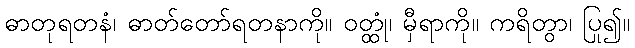
ဓာတုရတနံ၊ ဓာတ်တော်ရတနာကို။ ဝတ္ထုံ၊ မှီရာကို။ ကရိတွာ၊ ပြု၍။